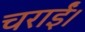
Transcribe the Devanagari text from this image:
चराईं।